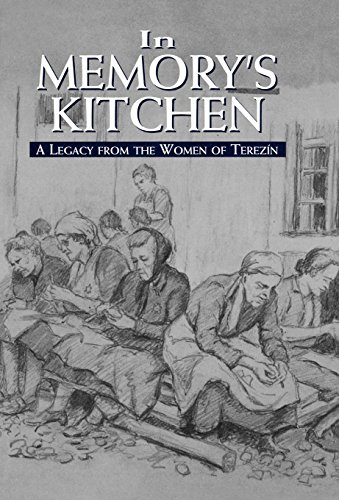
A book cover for In Memory's Kitchen : A Legacy from the Women of Terezin; Cara De Silva; Religion & Spirituality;